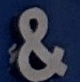
&